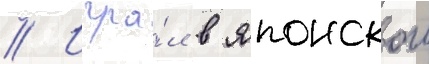
// Игра́л в японскои